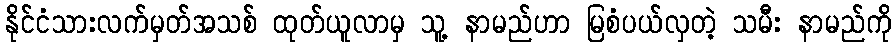
နိုင်ငံသားလက်မှတ်အသစ် ထုတ်ယူလာမှ သူ့ နာမည်ဟာ မြစံပယ်လှတဲ့ သမီး နာမည်ကို